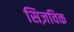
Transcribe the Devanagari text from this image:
सिज़विक